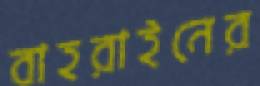
বাহরাইনের